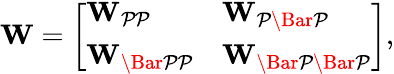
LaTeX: \mathbf{W}=\left[\begin{array}{ll}{\mathbf{W}_{\mathcal{PP}}}&{\mathbf{W}_{\mathcal{P\Bar{P}}}}\\ {\mathbf{W}_{\mathcal{\Bar{P}P}}}&{\mathbf{W}_{\mathcal{\Bar{P}\Bar{P}}}}\end{array}\right],